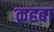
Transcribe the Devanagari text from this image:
क़हबा